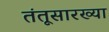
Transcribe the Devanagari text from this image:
तंतूसारख्या